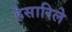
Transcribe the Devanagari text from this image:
हेसारिले